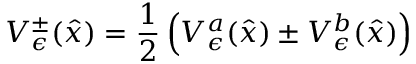
V _ { \epsilon } ^ { \pm } ( \hat { x } ) = \frac { 1 } { 2 } \left( V _ { \epsilon } ^ { a } ( \hat { x } ) \pm V _ { \epsilon } ^ { b } ( \hat { x } ) \right)